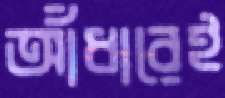
আঁধারেই